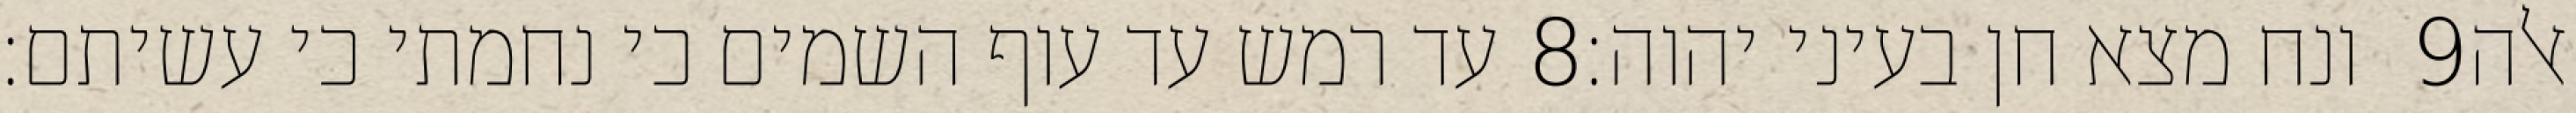
עד רמש עד עוף השמים כי נחמתי כי עשיתם׃ ‎8‏ ונח מצא חן בעיני יהוה׃ ‎9‏ אלה